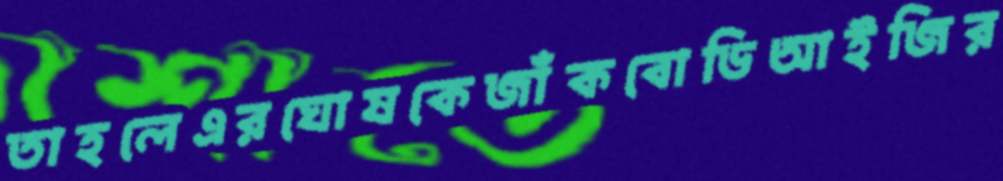
তাহলেএরঘোষকেজাঁকবোডিআইজির